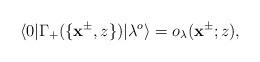
LaTeX: \begin{align*}\langle 0|\Gamma_+(\{\mathbf{x}^{\pm},z\})|\lambda^{o}\rangle=o_\lambda(\mathbf{x}^{\pm};z),\end{align*}